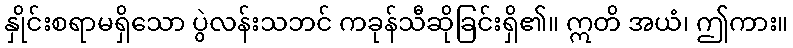
နှိုင်းစရာမရှိသော ပွဲလန်းသဘင် ကခုန်သီဆိုခြင်းရှိ၏။ ဣတိ အယံ၊ ဤကား။